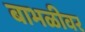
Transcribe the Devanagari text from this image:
बाभळीवर